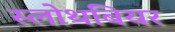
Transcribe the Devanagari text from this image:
स्लोथबियर